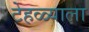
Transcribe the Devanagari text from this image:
टेहळ्याला